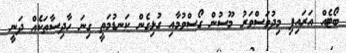
ބޯޓެއް އަރައިފި މިދުވަސްވަރު މޫސުން ގޯސްވުމާއި ގުޅިގެން ކަނޑުމަތީ ގިނަ ހާދިސާތަކެއް ދަނީ